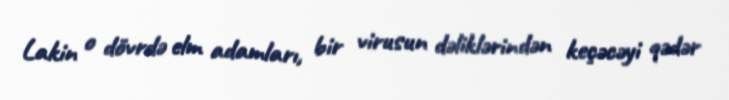
Lakin o dövrdə elm adamları, bir virusun dəliklərindən keçəcəyi qədər